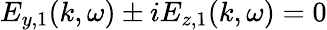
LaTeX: E_{y,1}(k,\omega)\pm iE_{z,1}(k,\omega)=0